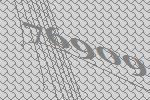
76909